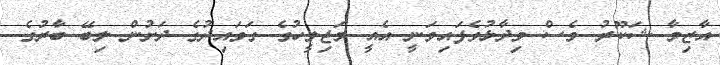
އާޒިމާ ޝަކޫރު ވެސް ވިދާޅުވެފައިވަނީ އެއީ މަޖިލީހުގެ ގަވައިދުގެ ދަށުން ލިބޭ ބާރުގެ